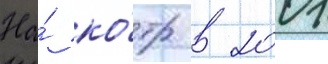
На́ ко́тр в 2001